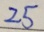
2 5